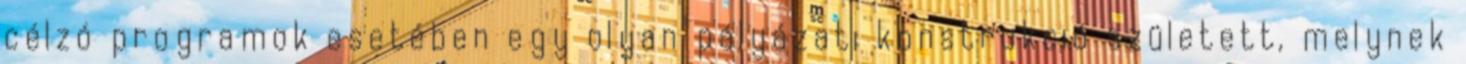
célzó programok esetében egy olyan pályázati konstrukció született, melynek